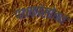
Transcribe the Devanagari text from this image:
पथकांसोबत